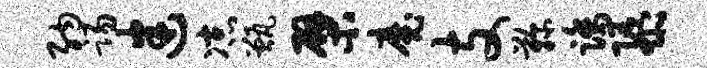
纳踢迷凉甑檗魔支鞠踏隳